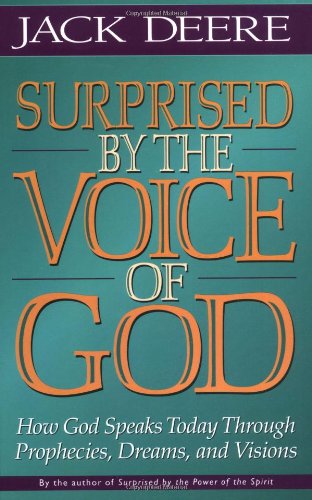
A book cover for Surprised by the Voice of God; Jack S. Deere; Christian Books & Bibles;